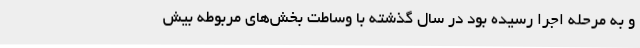
و به مرحله اجرا رسیده بود در سال گذشته با وساطت بخش‌های مربوطه بیش